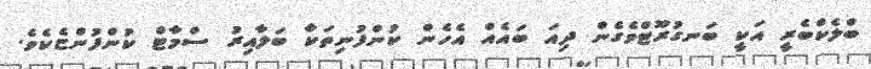
ބްލެކްބެރީ އަކީ ބަނގުރޫޓްވެގެން ދިއަ ބަައެއް އެހެން ކުންފުނިތަކާ ބަލާއިރު ސްމާޓް ކުންފުންޏެކެވެ.